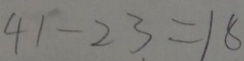
4 1 - 2 3 = 1 8